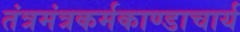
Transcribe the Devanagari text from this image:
तंत्रमंत्रकर्मकाण्डाचार्य